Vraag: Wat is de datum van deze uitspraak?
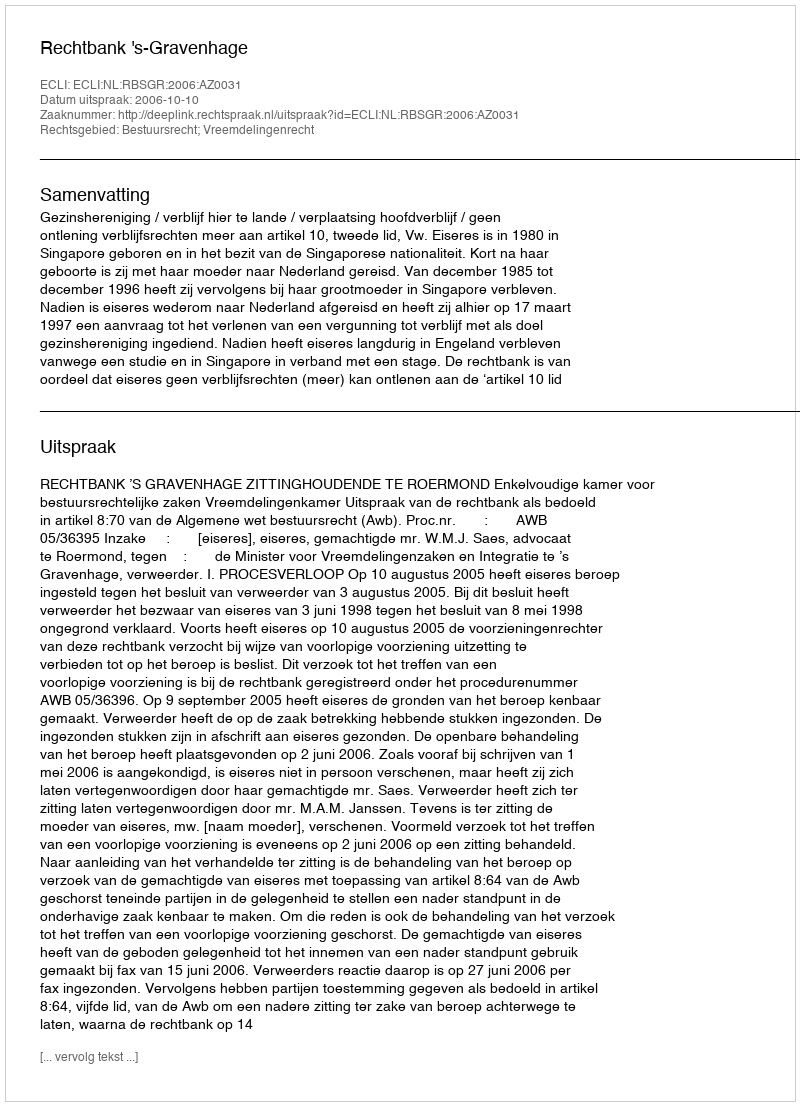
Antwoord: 2006-10-10